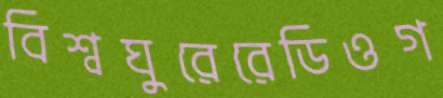
বিশ্বঘুরেরেডিওগ